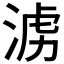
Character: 𣶭